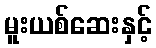
မူးယစ်ဆေးနှင့်